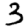
Digit: 3